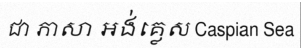
ជា ភាសា អង់គ្លេស Caspian Sea